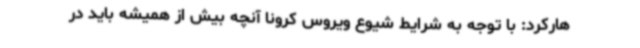
هارکرد: با توجه به شرایط شیوع ویروس کرونا آنچه بیش از همیشه باید در